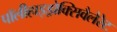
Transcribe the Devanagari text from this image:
पॉलीहाइड्रोक्सिवैलेरेट